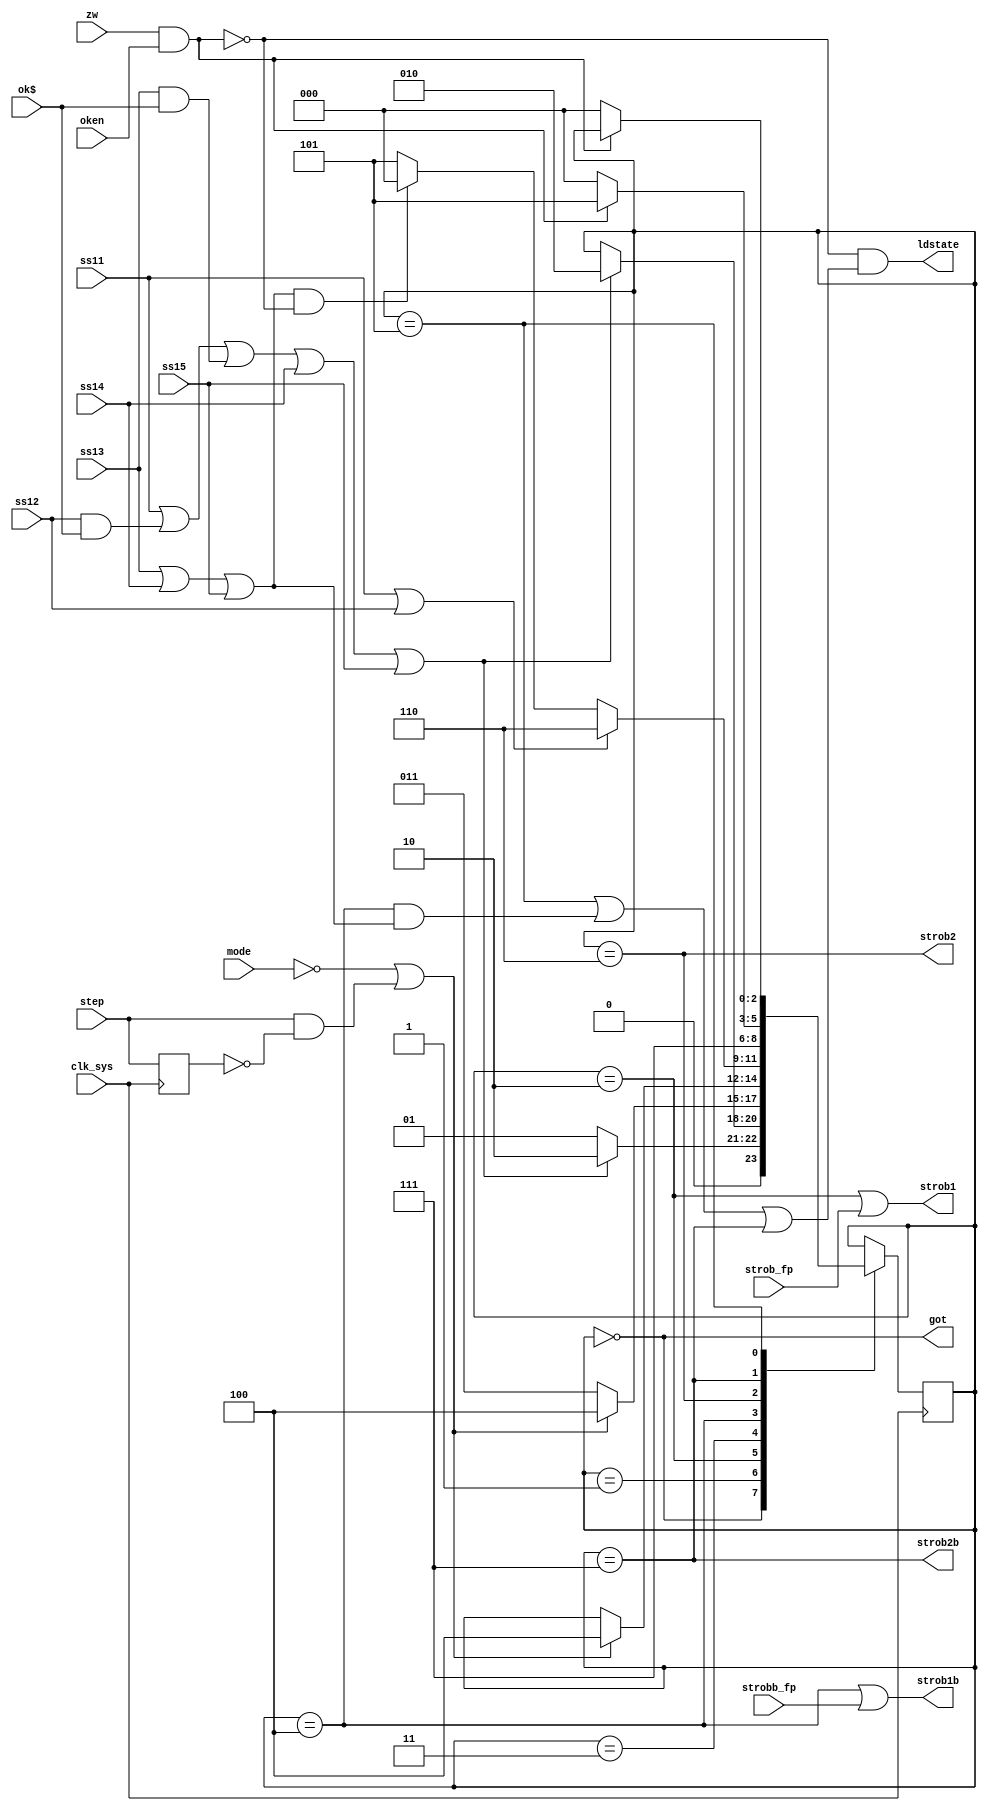
module strobgen(
	input clk_sys,
	input ss11, ss12, ss13, ss14, ss15,
	input ok$, zw, oken,
	input mode, step,
	input strob_fp,
	input strobb_fp,
	output ldstate,
	output got,
	output strob1,
	output strob1b,
	output strob2,
	output strob2b
);

	localparam S_GOT	= 3'd0;
	localparam S_GOTW	= 3'd1;
	localparam S_ST1	= 3'd2;
	localparam S_ST1W	= 3'd3;
	localparam S_ST1B	= 3'd4;
	localparam S_PGOT	= 3'd5;
	localparam S_ST2	= 3'd6;
	localparam S_ST2B	= 3'd7;

	wire if_busy = zw & oken;
	wire es1 = ss11 | (ss12 & ok$) | (ss13 & ok$) | ss14 | ss15;
	wire has_strob2 = ss11 | ss12;
	wire no_strob2 = ss13 | ss14 | ss15;

	assign got = state == S_GOT;
	assign strob1 = (state == S_ST1) | strob_fp;
	assign strob1b = (state == S_ST1B) | strobb_fp;
	assign strob2 = state == S_ST2;
	assign strob2b = state == S_ST2B;
	assign ldstate = ~if_busy & ((state == S_PGOT) | ((state == S_ST1B) & no_strob2) | (state == S_ST2B));

	// * step jest uzbrajany jeśli MODE=1 i wystąpił STROB1
	// * STEP zabrania przejścia do stanu STROB2 jeśli ss11 | ss12 (czyli jeśli jesteśmy w strob1 po którym jest strob2, to będziemy trzymać strob1)
	// * STEP zabrania przejścia do stanu GOT jeśli ~(ss11 | ss12) (czyli jeśli jesteśmy w strob1 bez strob2, to będziemy trzymać strob1)
	// * wciśnięcie STEP zeruje przerzutnik i CPU wykonuje krok (odpala się przejście do następnego stanu)
	// * MODE=0 resetuje przerzutnik i trzyma go w takim stanie (czyli step nie działa przy MODE=0)
	// * podsumowując: jeśli MODE=1, to podtrzymujemy bieżący stan STROB1 dopóki użytkownik nie wciśnie STOP

	// STEP
	reg lstep;
	always @ (posedge clk_sys) begin
		lstep <= step;
	end
	wire step_trig = ~mode | (step & ~lstep);

	// STROBS
	reg [0:2] state;
	always @ (posedge clk_sys) begin
		case (state)
			// GOT
			S_GOT: begin
				if (es1) begin
					state <= S_ST1;
				end else begin
					state <= S_GOTW;
				end
			end

			S_GOTW: begin
				if (es1) begin
					state <= S_ST1;
				end
			end

			// STROB1 front
			S_ST1: begin
				if (step_trig) state <= S_ST1B;
				else state <= S_ST1W;
			end

			// STROB1 front (wait for STEP)
			S_ST1W: begin
				if (step_trig) state <= S_ST1B;
			end

			// STROB1 back
			S_ST1B: begin
				if (has_strob2) begin
					state <= S_ST2;
				end else if (no_strob2 & ~if_busy) begin
					state <= S_GOT;
				end else begin
					state <= S_PGOT;
				end
			end

			// STROB2 front
			S_ST2: begin
				state <= S_ST2B;
			end

			// STROB2 back
			S_ST2B: begin
				if (~if_busy) begin
					state <= S_GOT;
				end else begin
					state <= S_PGOT;
				end
			end

			// STROB2 back (wait for I/F operation to end)
			S_PGOT: begin
				if (~if_busy) begin
					state <= S_GOT;
				end
			end
		endcase
	end

endmodule